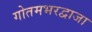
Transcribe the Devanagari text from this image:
गोतमभरद्वाजा